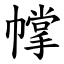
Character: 幥